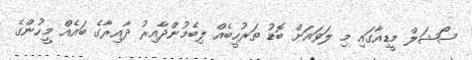
ސޯޝަލް މީޑިއާގައި މި ލަވައަށް ބޮޑު ތަރުހީބެއް ލިބެމުންދާއިރު ދާއިރާގެ ބައެއް މީހުންގެ